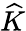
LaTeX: \widehat{K}